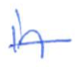
Text: in
Cross-out: mix
Writing tool: ballpoint